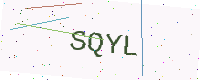
Text: SQYL